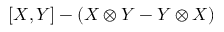
[ X , Y ] - ( X \otimes Y - Y \otimes X )